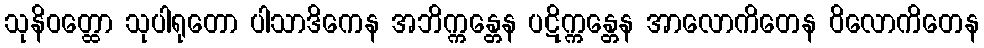
သုနိဝတ္ထော သုပါရုတော ပါသာဒိကေန အဘိက္ကန္တေန ပဋိက္ကန္တေန အာလောကိတေန ဝိလောကိတေန